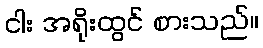
ငါး အရိုးထွင် စားသည်။